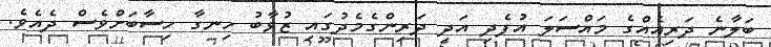
ބަލާނެ ދަރިއެއްގެ މައްސަލަ އުފެދި އަދި ދަރިންގެމެދުގައި ޒުވާބު ހިނގާ ހިސާބަށްވެސް ދެއެވެ.